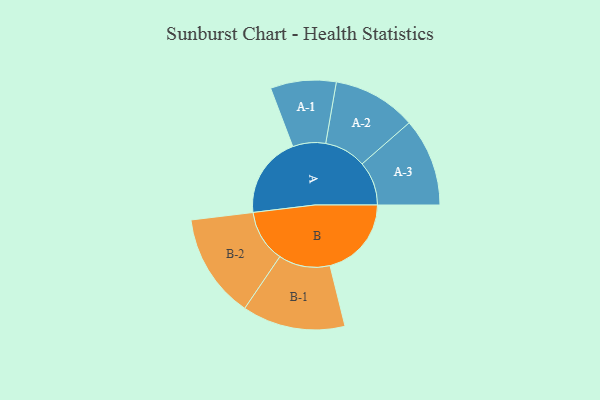
{"axis": {"x": "Segment", "y": "Value"}, "legend": ["", "A", "B"], "data": [{"x": "A", "y": 392, "type": ""}, {"x": "B", "y": 392, "type": ""}, {"x": "A-1", "y": 158, "type": "A"}, {"x": "A-2", "y": 201, "type": "A"}, {"x": "A-3", "y": 212, "type": "A"}, {"x": "B-1", "y": 248, "type": "B"}, {"x": "B-2", "y": 252, "type": "B"}]}